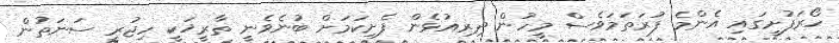
ހޯރަފުށީގައި އެންމެ ފުރަތަމަވެސް މީހުން ދިރިއުޅެން ފެށިކަމަށް ބުނެވެނީ ތާރީޚަކީ ހިޖުރީ ސަނަތުން